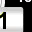
Digit: 1